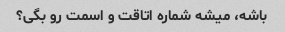
باشه، میشه شماره اتاقت و اسمت رو بگی؟